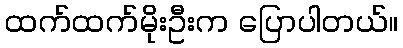
ထက်ထက်မိုးဦးက ပြောပါတယ်။